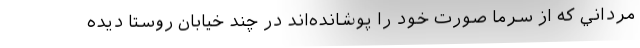
مرداني كه از سرما صورت خود را پوشانده‌اند در چند خيابان روستا ديده